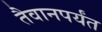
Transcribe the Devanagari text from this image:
तैवानपर्यंत